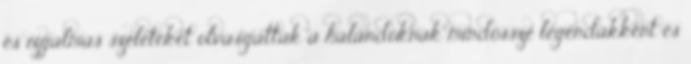
és izgalmas szeleteket olvasgattak a halandóknak mindössze legendákként és